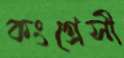
কংগ্রেসী